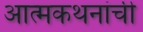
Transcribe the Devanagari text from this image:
आत्मकथनांची